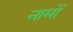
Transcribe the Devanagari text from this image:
नामोँ